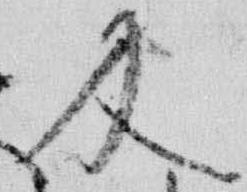
及